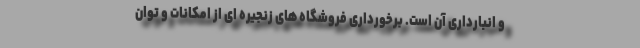
و انبارداری آن است. برخورداری فروشگاه های زنجیره ای از امکانات و توان